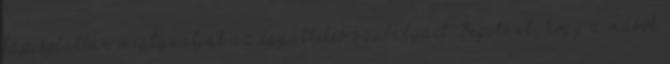
kapcsolatban megtanulják az együttélés szabályait. Segítünk, hogy a mások